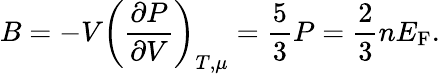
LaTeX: B=-V\left({\frac{\partial P}{\partial V}}\right)_{T,\mu}={\frac{5}{3}}P={\frac{2}{3}}nE_{\mathrm{{F}}}.